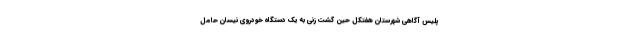
پلیس آگاهی شهرستان هفتکل حین گشت زنی به یک دستگاه خودروی نیسان حامل